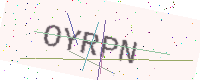
Text: OYRPN